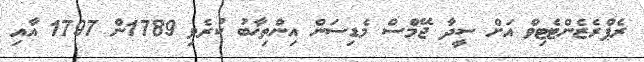
ރެޕްރެޒެންޓެޓިވް އަށް ސީދާ ޖޭމްސް މެޑިސަން އިންތިޚާބު ކުރެވި 1789ން 1797 އާއި